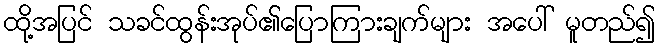
ထို့အပြင် သခင်ထွန်းအုပ်၏ပြောကြားချက်များ အပေါ် မူတည်၍